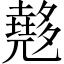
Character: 𡗉